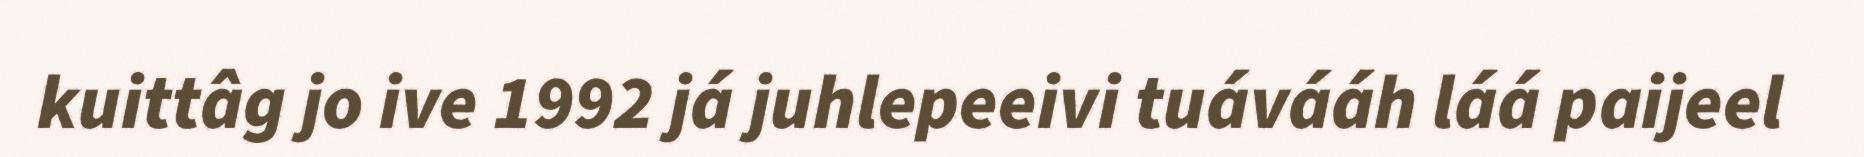
kuittâg jo ive 1992 já juhlepeeivi tuávááh láá paijeel